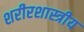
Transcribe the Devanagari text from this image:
शरीरशास्त्रीय